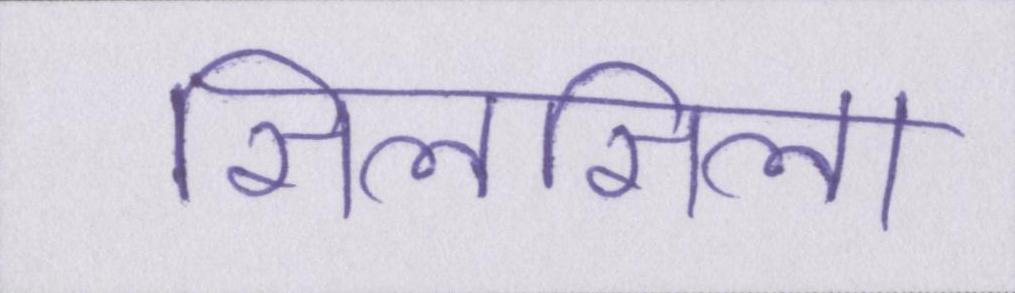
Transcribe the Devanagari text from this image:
सिलसिला